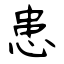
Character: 患